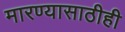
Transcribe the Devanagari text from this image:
मारण्यासाठीही